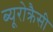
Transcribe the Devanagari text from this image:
ब्यूरोक्रैसी